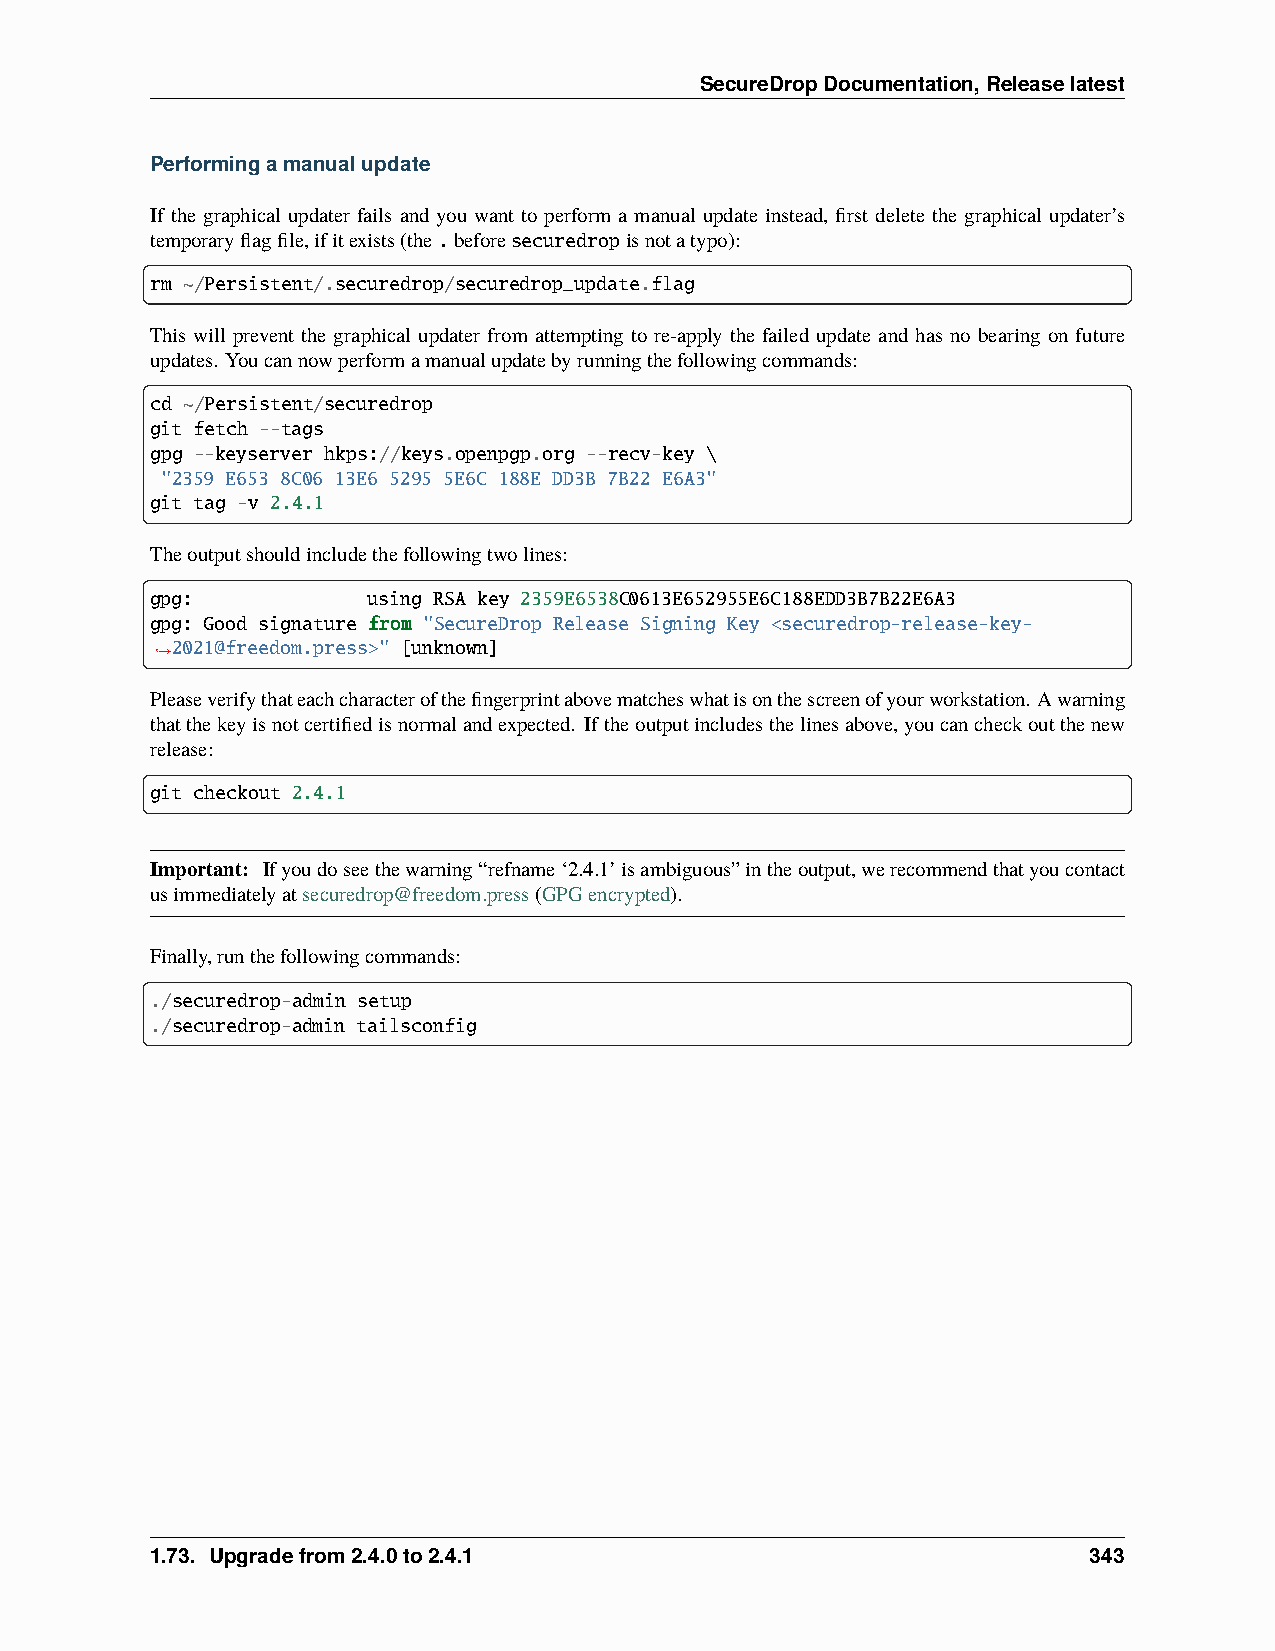
SecureDropDocumentation,Releaselatest
 Performingamanualupdate
 If the graphical updater fails and you want to perform a manual update instead, first delete the graphical updater’s
 temporaryflagfile,ifitexists(the.beforesecuredropisnotatypo):
 rm ~/Persistent/.securedrop/securedrop_update.flag
 This will prevent the graphical updater from attempting to re-apply the failed update and has no bearing on future
 updates. Youcannowperformamanualupdatebyrunningthefollowingcommands:
 cd ~/Persistent/securedrop
 git fetch --tags
 gpg --keyserver hkps://keys.openpgp.org --recv-key \
 "2359 E653 8C06 13E6 5295 5E6C 188E DD3B 7B22 E6A3"
 git tag -v 2.4.1
 Theoutputshouldincludethefollowingtwolines:
 gpg:          using RSA key 2359E6538C0613E652955E6C188EDD3B7B22E6A3
 gpg: Good signature from "SecureDrop Release Signing Key <securedrop-release-key-
 2021@freedom.press>" [unknown]
 ˓→
 Pleaseverifythateachcharacterofthefingerprintabovematcheswhatisonthescreenofyourworkstation. Awarning
 thatthekeyisnotcertifiedisnormalandexpected. Iftheoutputincludesthelinesabove,youcancheckoutthenew
 release:
 git checkout 2.4.1
 Important: Ifyoudoseethewarning“refname‘2.4.1’isambiguous”intheoutput,werecommendthatyoucontact
 usimmediatelyatsecuredrop@freedom.press(GPGencrypted).
 Finally,runthefollowingcommands:
 ./securedrop-admin setup
 ./securedrop-admin tailsconfig
 1.73. Upgradefrom2.4.0to2.4.1                                 343